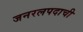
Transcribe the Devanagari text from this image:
जनरलपदाची